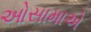
ઓસામાએ